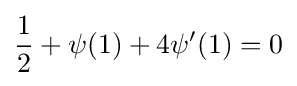
{\frac {1}{2}}+\psi (1)+4\psi '(1)=0